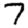
Digit: 7